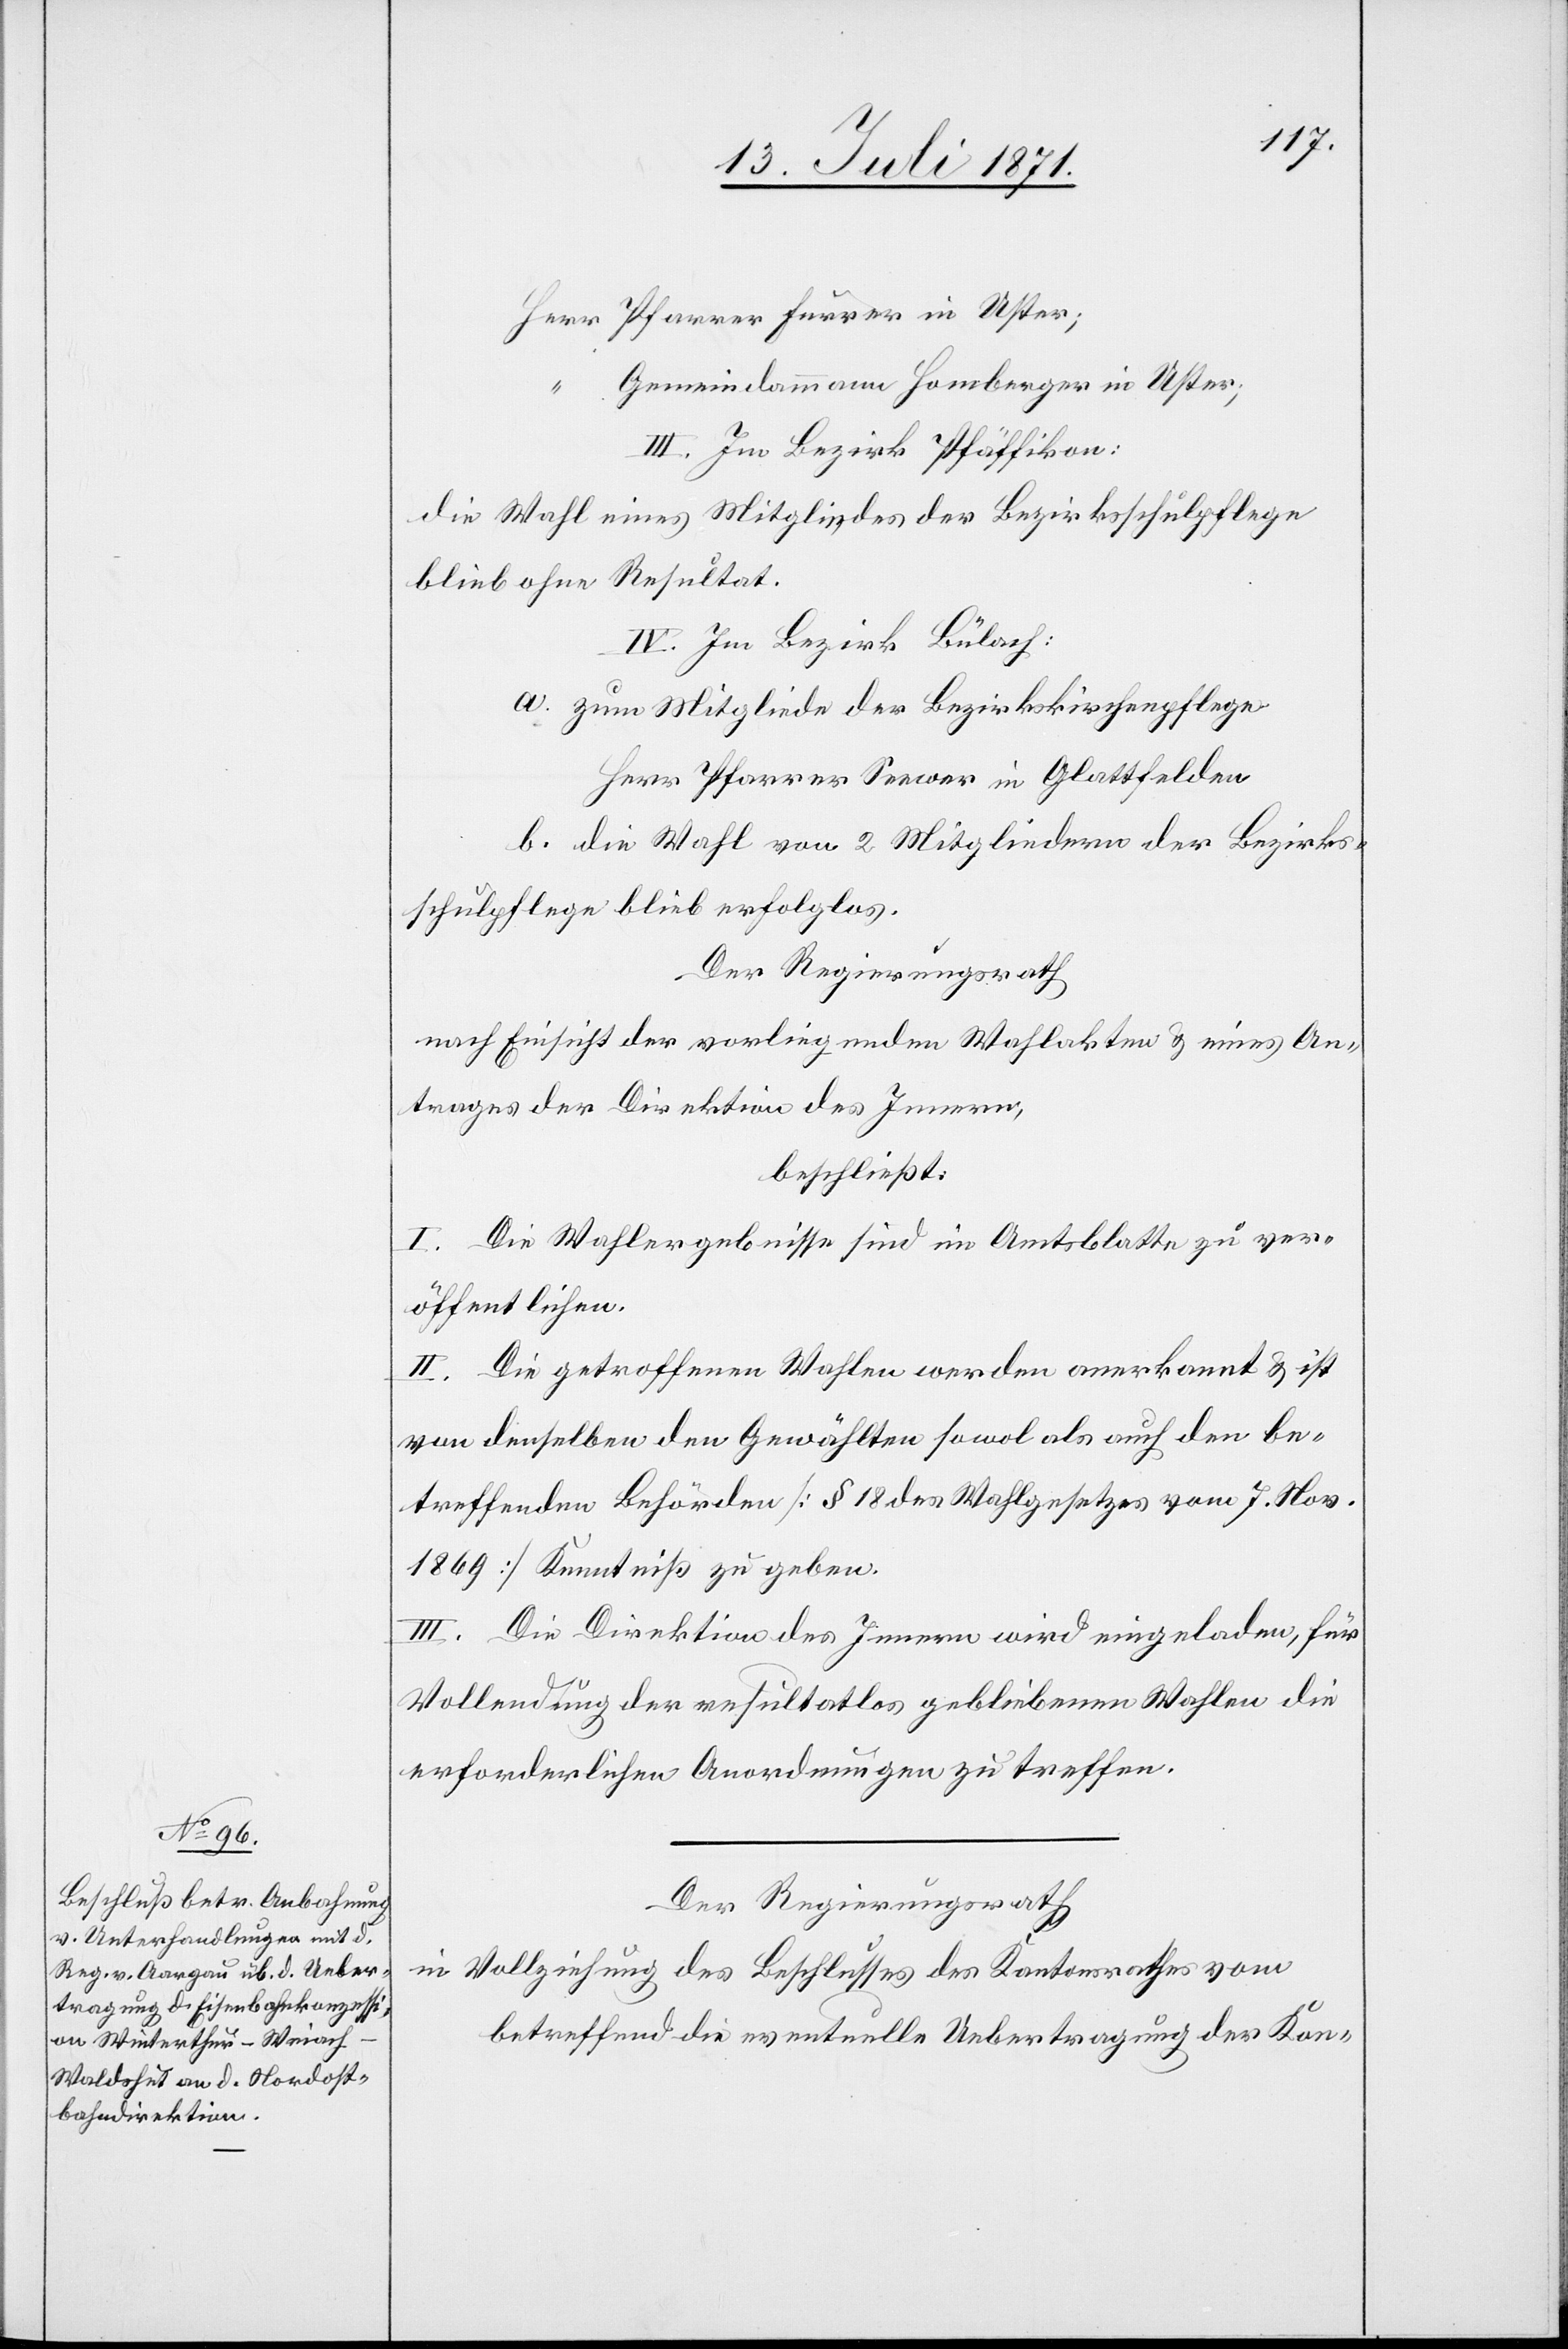
Herr Pfarrer Furrer in Uster;
Gemeindammann Homberger in Uster;
III. Im Bezirk Pfäffikon:
die Wahl eines Mitgliedes der Bezirksschulpflege
blieb ohne Resultat.
IV. Im Bezirk Bülach:
zum Mitgliede der Bezirkskirchenpflege
Herr Pfarrer Seewer in Glattfelden
die Wahl von 2 Mitgliedern der Bezirks¬
schulpflege blieb erfolglos.
Der Regierungsrath
nach Einsicht der vorliegenden Wahlakten u. eines An¬
trages der Direktion des Innern,
beschließt:
I. Die Wahlergebnisse sind im Amtsblatte zu ver¬
öffentlichen.
II. Die getroffenen Wahlen werden anerkannt u. ist
von denselben den Gewählten sowol als auch den be¬
treffenden Behörden [§ 18 des Wahlgesetzes vom 7. Nov.
1869] Kenntniß zu geben.
III. Die Direktion des Innern wird eingeladen, für
Vollendung der resultatlos gebliebenen Wahlen die
erforderlichen Anordnungen zu treffen.
Der Regierungsrath
in Vollziehung des Beschlusses des Kantonsrathes vom
betreffend die eventuelle Uebertragung der Kon-